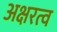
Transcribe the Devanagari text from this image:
अक्षरत्व